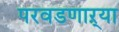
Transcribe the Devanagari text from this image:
परवडणाऱ्या